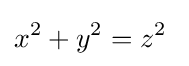
x^{2}+y^{2}=z^{2}\